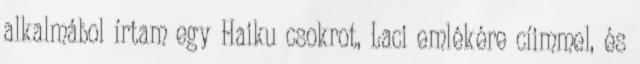
alkalmábol írtam egy Haiku csokrot, Laci emlékére cíimmel, és